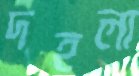
দহলা